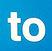
to